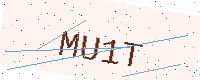
Text: MU1T